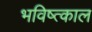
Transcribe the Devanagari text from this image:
भविष्त्काल